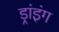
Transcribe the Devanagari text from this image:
ड्रांइंग